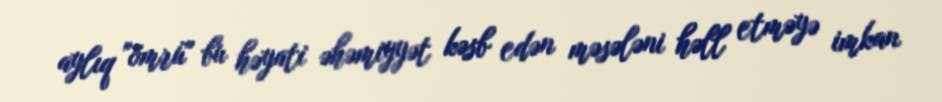
aylıq "ömrü" bu həyati əhəmiyyət kəsb edən məsələni həll etməyə imkan